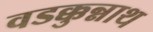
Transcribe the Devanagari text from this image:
वडक्कुन्नाथ